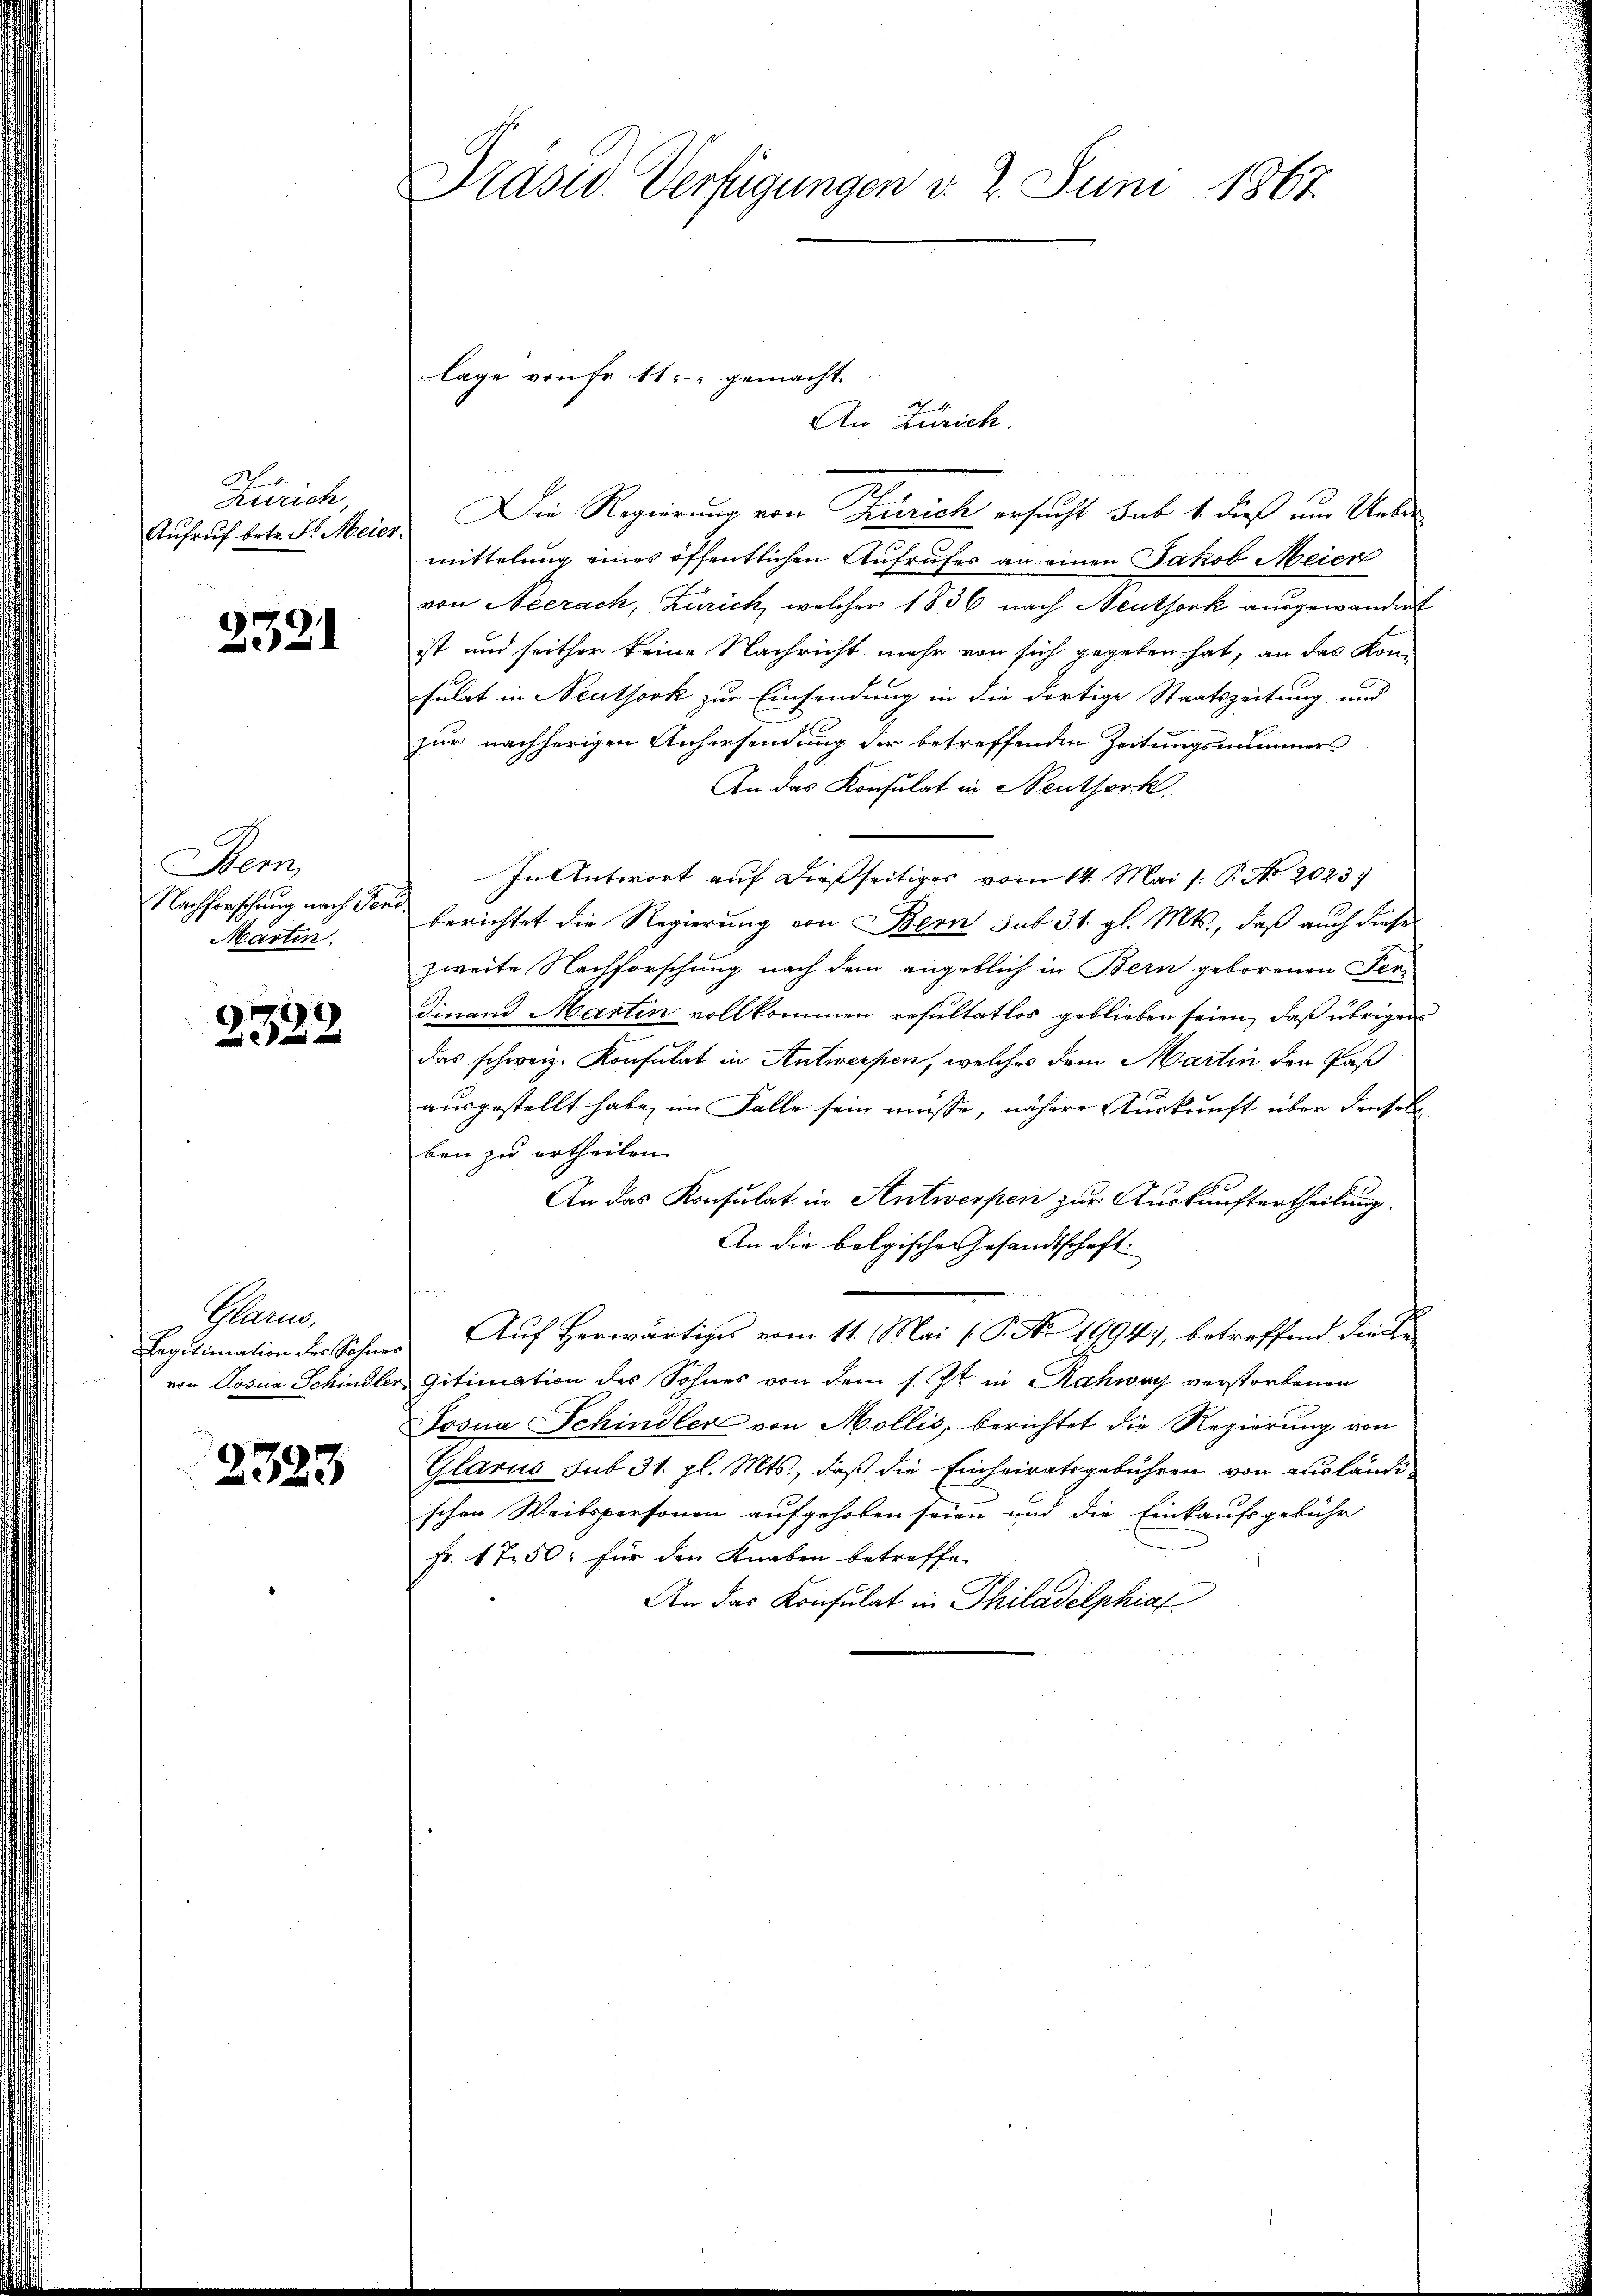
Zürich,

2321

Bem,
Märten.

2329

Paun
Legitimation der Sohnes

2323

Präsid. Verfügungen d. 7. Juni 1867.

An Zürich.
Aufruf betr. d. Meier. Die Regierung von Zürich ersucht sub 1. dieß um Uebermittelung eines öffentlichen Aufrufes an einen Jakob Meier
von Neerach, Zürich, welcher 1836 nach Neuthork ausgewandert
ist und seither keine Nachricht mehr von sich gegeben hat, an das Kon-
sulat in Neuthork zur Einsendung in die dortige Staatszeitung und
zur nachherigen Anhersendung der betreffenden Zeitungsnimmer
An das Konsulat in Neuthork
In Antwort auf dießseitiges vom 14. Mai /: P. No 2023.
Nachforschung nach ders berichtet die Regierung von Bern sub 31. gl. Mts., daß auch dieser
zweite Nachforschung nach dem angeblich in Bern geborenen Ser-
Finand Martin vollkommen resultatlos geblieben seien, daß übrigen
das schweiz. Konsulat in Antwerfen, welches dem Martin den Paß
ausgestellt habe, im Falle sein müsse, nähere Auskunft über denselben zu ertheilen
An das Konsulat in Antwerpen zur Auskunftertheilung.
An die belgische Gesandtschaft.
.
Auf Herwärtiges vom 11. Mai (P. Nr. 1994, betreffend die Bevon Posna Schindler gitimation des Sohnes von dem s. Zt. in Rahwoy verstorbenen
Josua Schindler von Mollis, berichtet die Regierung von
Glarus sub 31. gl. Mts., daß die Einheiratsgebühren von ausländischen Weibspersonen aufgehoben seien und die Einkaufsgebühr
Fr. 1750 für den Knaben betreffe.
An das Konsulat in Philadelphiaf

lage von fr 11. gemacht.